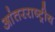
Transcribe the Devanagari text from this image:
आंतरराष्‍ट्रीय